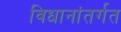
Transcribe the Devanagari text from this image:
विधानांतर्गत